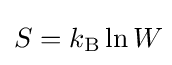
S=k_{\mathrm {B} }\ln W\!